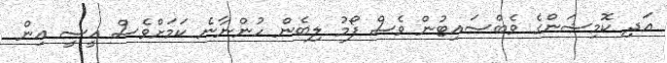
އަދި ކޮމިޝަންގެ ވެބްސައިޓުން ވެސް ފޯމު ލިބެން ހުންނާނެ ކަމަށްވެެސް އީސީ އިން